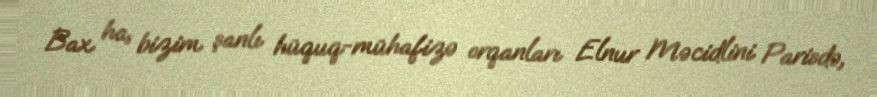
Bax ha, bizim şanlı hüquq-mühafizə orqanları Elnur Məcidlini Parisdə,